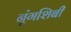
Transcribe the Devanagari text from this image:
नूंगशिबी